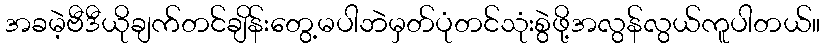
အခမဲ့ဗီဒီယိုချက်တင်ချိန်းတွေ့မပါဘဲမှတ်ပုံတင်သုံးစွဲဖို့အလွန်လွယ်ကူပါတယ်။